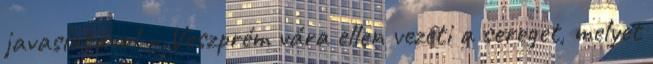
javaslatával – Veszprém vára ellen vezeti a sereget, melyet